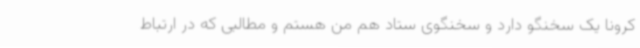
کرونا یک سخنگو دارد و سخنگوی ستاد هم من هستم و مطالبی که در ارتباط